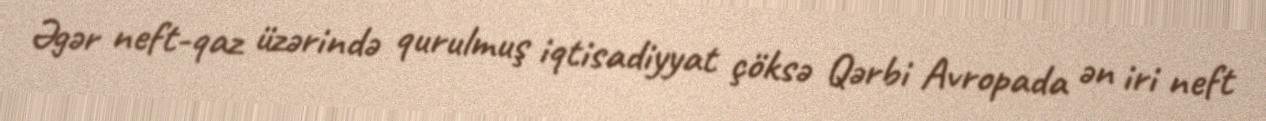
Əgər neft-qaz üzərində qurulmuş iqtisadiyyat çöksə Qərbi Avropada ən iri neft